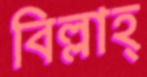
বিল্লাহ্